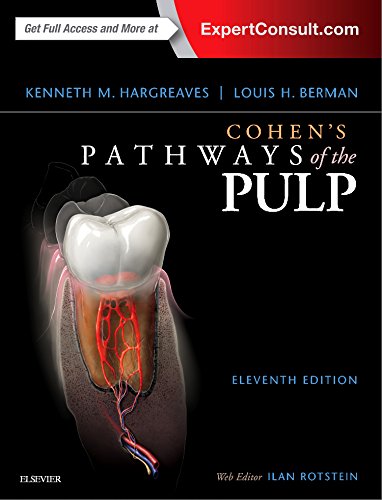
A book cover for Cohen's Pathways of the Pulp Expert Consult, 11e; Kenneth M. Hargreaves DDS  PhD  FICD  FACD; Medical Books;